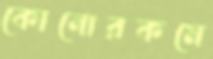
কোনোরকমে